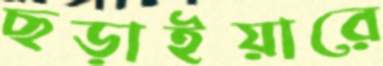
ছড়াইয়ারে